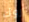
روك